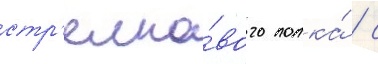
стр'елко́вого полка́ / с